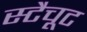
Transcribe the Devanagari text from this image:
स्टैचूट